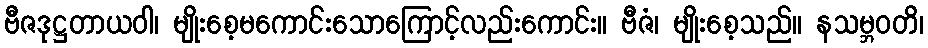
ဗီဇဒုဋ္ဌတာယဝါ၊ မျိုးစေ့မကောင်းသောကြောင့်လည်းကောင်း။ ဗီဇံ၊ မျိုးစေ့သည်။ နသမ္ဘဝတိ၊